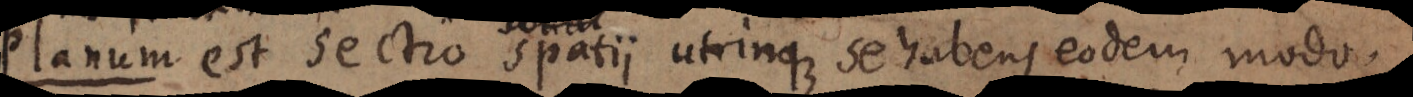
Planum est sectio spatii utrinque se habens eodem modo.